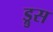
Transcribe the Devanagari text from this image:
ड्रुस